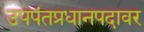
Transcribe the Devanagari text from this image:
उपपंतप्रधानपदावर